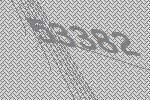
53382